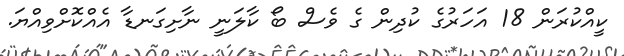
ކީއްކުރަން 18 އަހަރުގެ ކުދިން ގެ ވެސް ބޯ ކާލަނީ ނާށިގަނޑާ އެއްކޮށްވިއްޔަ.